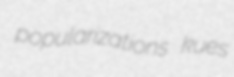
popularizations kues